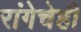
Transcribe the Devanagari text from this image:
रांगेचेही